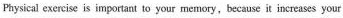
Paysical exercise is important to your memory,because it increases your